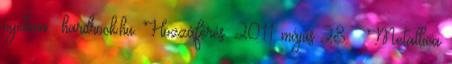
nyelven . hardrock.hu. Hozzáférés: 2011. május 28. ↑ Metallica